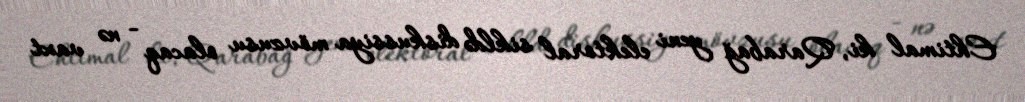
Ehtimal ki, Qarabağ yeni elektoral sikldə diskussiya mövzusu olacaq - nə vaxt